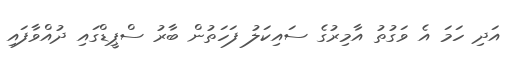
އަދި ހަމަ އެ ވަގުތު އާމިރުގެ ސައިކަލު ފަހަތުން ބާރު ސްޕީޑްގައި ދުއްވާފައި